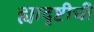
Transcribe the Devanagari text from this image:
ह्यादृष्टीची